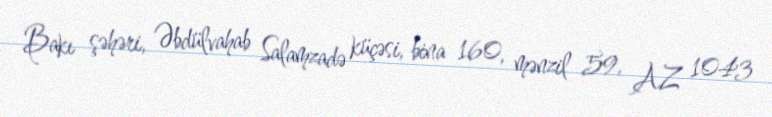
Bakı şəhəri, Əbdülvahab Salamzadə küçəsi, bina 160, mənzil 59, AZ 1043